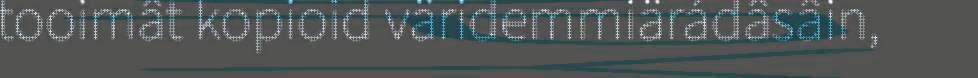
tooimât kopioid väridemmiärádâsâin,